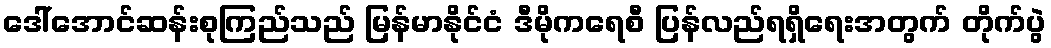
ဒေါ်အောင်ဆန်းစုကြည်သည် မြန်မာနိုင်ငံ ဒီမိုကရေစီ ပြန်လည်ရရှိရေးအတွက် တိုက်ပွဲ